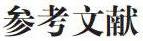
参考文献